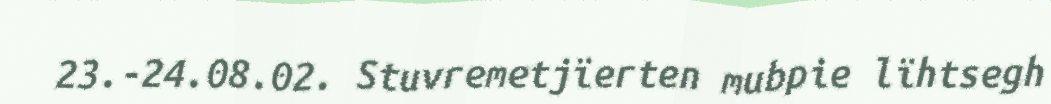
23.-24.08.02. Stuvremetjïerten mubpie lïhtsegh